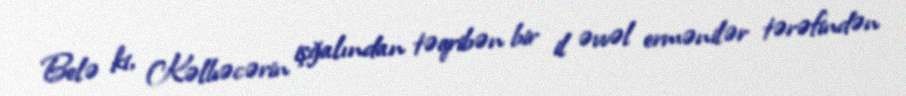
Belə ki, Kəlbəcərin işğalından təqribən bir il əvvəl ermənilər tərəfindən